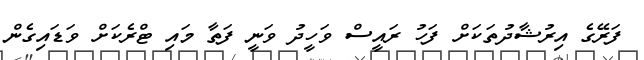
ފަރޭގެ އިރުޝާދުތަކަށް ފަހު ރައީސް ވަހީދު ވަނީ ފަތާ މައި ޓްރެކަށް ވަޑައިގެން